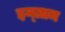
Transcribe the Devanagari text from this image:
इन्ग्राम